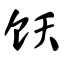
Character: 饫